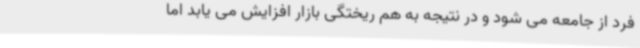
فرد از جامعه می شود و در نتیجه به هم ریختگی بازار افزایش می یابد اما